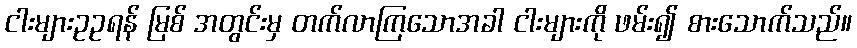
ငါးများဥဥရန် မြစ် အတွင်းမှ တက်လာကြသောအခါ ငါးများကို ဖမ်း၍ စားသောက်သည်။